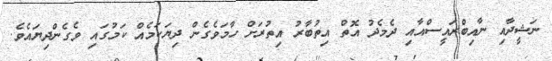
ނަޝީދާއި ނާއިބްރައީސްއާއި ދެމެދު އޮތް އިތުބާރު އިތުރަށް ހާމަވެގެން ދިޔަކަމެއް ކަމުގައި ވެގެންދިޔައެވެ.